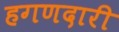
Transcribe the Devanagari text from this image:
हगणदारी